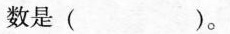
数是()。